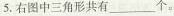
5.右图中三角形共有___个。